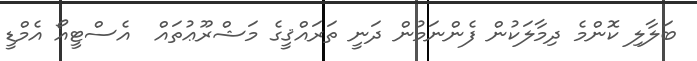
ބަލާލި ކޮންމެ ދިމާލަކުން ފެންނަމުން ދަނީ ތަރައްޤީގެ މަޝްރޫޢުތައް  އެސްޓީއޯ އެމްޑީ